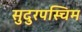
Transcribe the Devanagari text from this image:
सुदुरपस्चिम